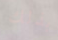
بذلك